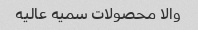
والا محصولات سمیه عالیه